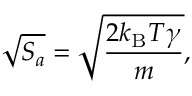
\sqrt { S _ { a } } = \sqrt { \frac { 2 k _ { \mathrm { B } } T \gamma } { m } } ,